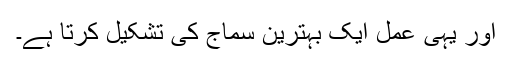
اور یہی عمل ایک بہترین سماج کی تشکیل کرتا ہے۔